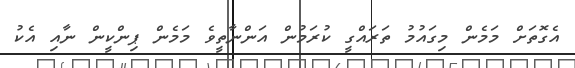
އެގޮތަށް މަމެން މިގައުމު ތަރައްގީ ކުރަމުން އަންނާތީވެ މަމެން ޕިންކީން ނާއި އެކު